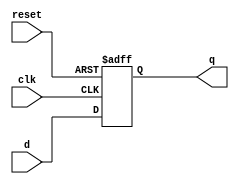
module PC_32bit(q,d,clk,reset);
	input [31:0]d;
	input reset, clk;
	output [31:0]q;
	reg [31:0]q;
	always @(negedge reset or posedge clk)
		begin
		if(!reset)
			begin
			q<=32'd0;
			end
		else
			begin
			q<=d;
			end
		end
endmodule